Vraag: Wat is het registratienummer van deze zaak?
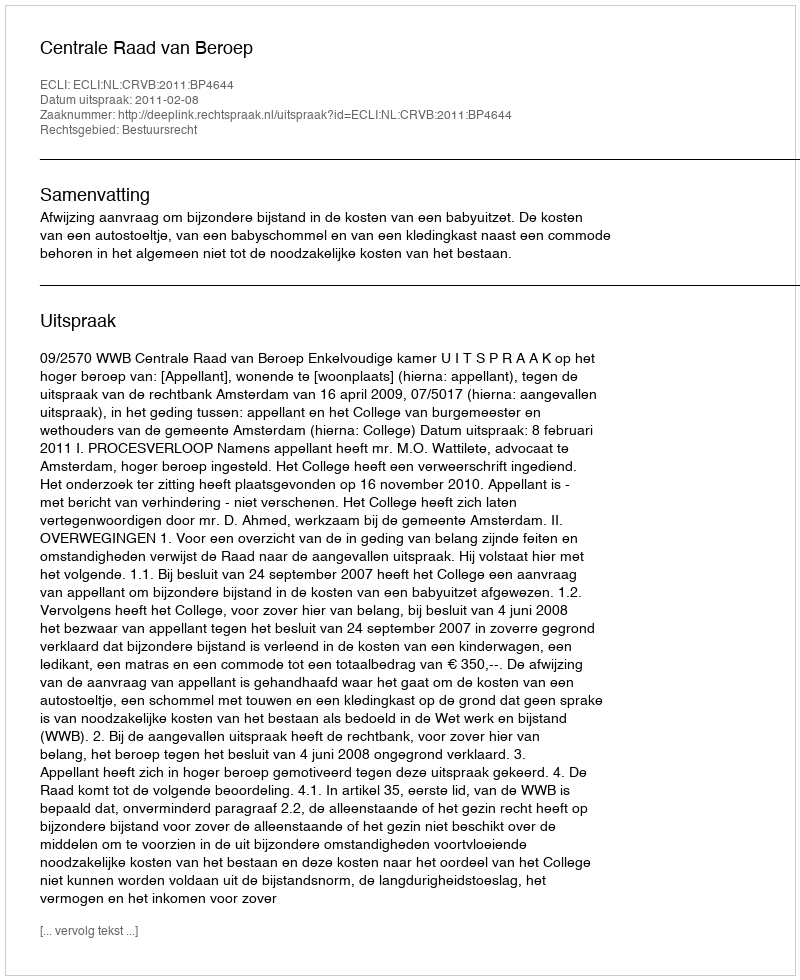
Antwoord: http://deeplink.rechtspraak.nl/uitspraak?id=ECLI:NL:CRVB:2011:BP4644